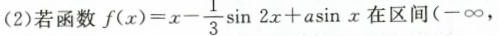
(2)若函数 $$f ( x ) = x - \frac { 1 } { 3 } \sin 2 x + a \sin x$$ 在区间(- \infty，